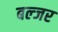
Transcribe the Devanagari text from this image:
बल्जर